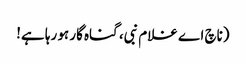
(ناچ اے غلام نبی، گناہ گار ہو رہا ہے!